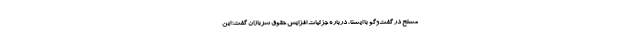
مسلح در گفت‌وگو با ایسنا، درباره جزئیات افزایش حقوق سربازان گفت: این